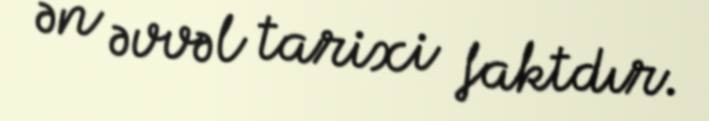
ən əvvəl tarixi faktdır.